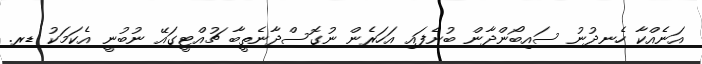
އަނެއްކާ ހެނދުނު ސައިބޯންދާން ބުނެފައި އަހަރެން ނުގޮސްދާނެތީބާ ޗުއްޓީގައޭ ނުބުނީ އެކަމަކު ޑރ.